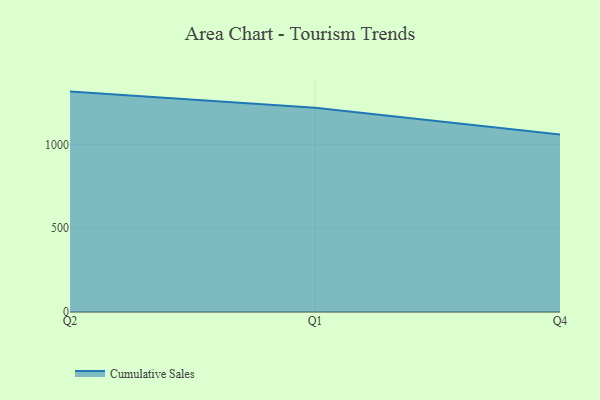
{"axis": {"x": "Quarter", "y": "Temperature (°C)"}, "legend": ["Cumulative Sales"], "data": [{"x": "Q2", "y": 1314.7, "type": "Cumulative Sales"}, {"x": "Q1", "y": 1218.6, "type": "Cumulative Sales"}, {"x": "Q4", "y": 1058.1, "type": "Cumulative Sales"}]}